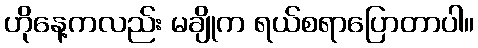
ဟိုနေ့ကလည်း မချိုက ရယ်စရာပြောတာပါ။